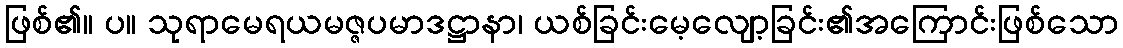
ဖြစ်၏။ ပ။ သုရာမေရယမဇ္ဇပမာဒဋ္ဌာနာ၊ ယစ်ခြင်းမေ့လျော့ခြင်း၏အကြောင်းဖြစ်သော